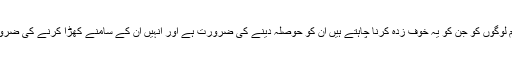
ہمیں ان عام لوگوں کو جن کو یہ خوف زدہ کرنا چاہتے ہیں ان کو حوصلہ دینے کی ضرورت ہے اور انہیں ان کے سامنے کھڑا کرنے کی ضرورت ہے‘‘۔